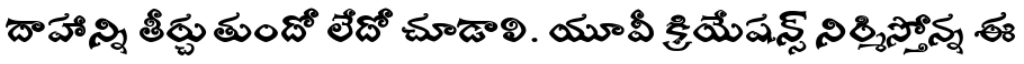
దాహాన్ని తీర్చుతుందో లేదో చూడాలి. యూవీ క్రియేషన్స్ నిర్మిస్తోన్న ఈ